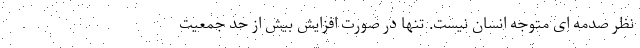
نظر صدمه ای متوجه انسان نیست. تنها در صورت افزایش بیش از حد جمعیت